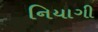
નિયાગી